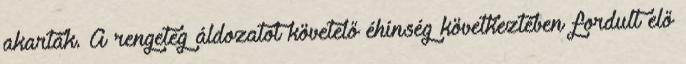
akarták. A rengeteg áldozatot követelő éhínség következtében fordult elő